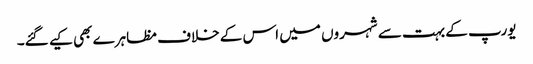
یورپ کے بہت سے شہروں میں اس کے خلاف مظاہرے بھی کیے گئے۔